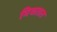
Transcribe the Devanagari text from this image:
मिघतात